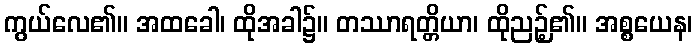
ကွယ်လေ၏။ အထခေါ၊ ထိုအခါ၌။ တဿာရတ္တိယာ၊ ထိုညဉ့်၏။ အစ္စယေန၊